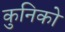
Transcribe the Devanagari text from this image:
कुनिको